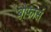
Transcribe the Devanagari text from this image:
बोफार्स